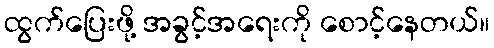
ထွက်ပြေးဖို့ အခွင့်အရေးကို စောင့်နေတယ်။